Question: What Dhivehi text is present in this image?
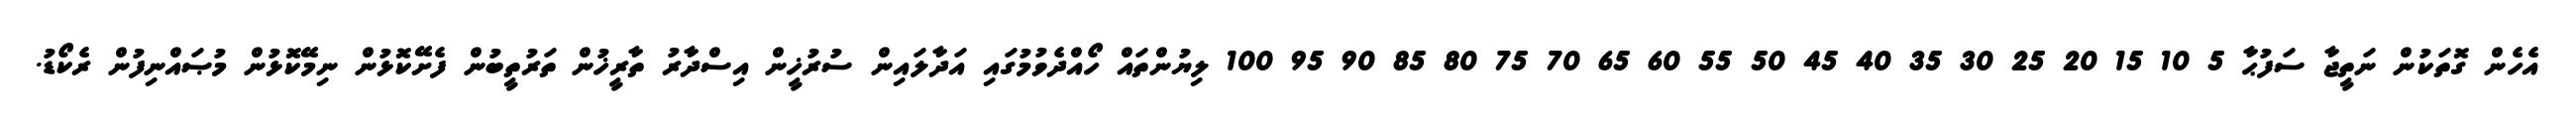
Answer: އެހެން ގޮތަކުން ނަތީޖާ ސަފުޙާ 5 10 15 20 25 30 35 40 45 50 55 60 65 70 75 80 85 90 95 100 ލިޔުންތައް ހޯއްދެވުމުގައި އަދާލައިން ސުރުޚީން އިސްދާރު ތާރީޚުން ތަރުތީބުން ފެށޭކޮޅުން ނިމޭކޮޅުން މުޞައްނިފުން ރެކޯޑު.